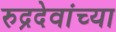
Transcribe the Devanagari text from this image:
रुद्रदेवांच्या